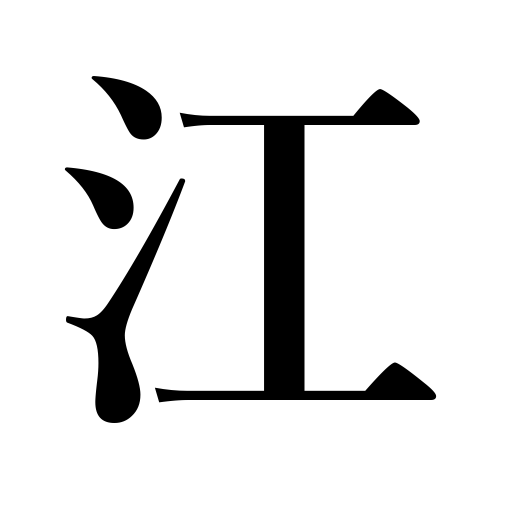
Meanings: bay,inlet